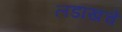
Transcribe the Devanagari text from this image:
लडाखचे